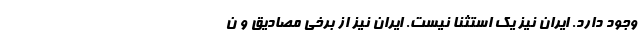
وجود دارد. ایران نیز یک استثنا نیست. ایران نیز از برخی مصادیق و ن